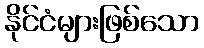
နိုင်ငံများဖြစ်သော